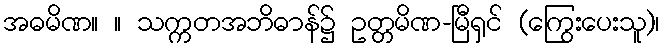
အဓမိဏ။ ။ သက္ကတအဘိဓာန်၌ ဥတ္တမိဏ-မြီရှင် (ကြွေးပေးသူ)၊